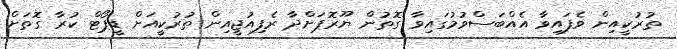
ތުރުކީއިން ވެފައިވާ އެއްބަސްވުމުގައިވާ ގޮތުން ޔޫރޮޕަށްދާ ރެފިއުޖީއިން ތުރުކީއަށް ޑީޕޯޓް ކުރާ ގޮތަށް